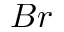
B r